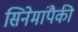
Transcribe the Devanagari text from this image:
सिनेमांपैकी